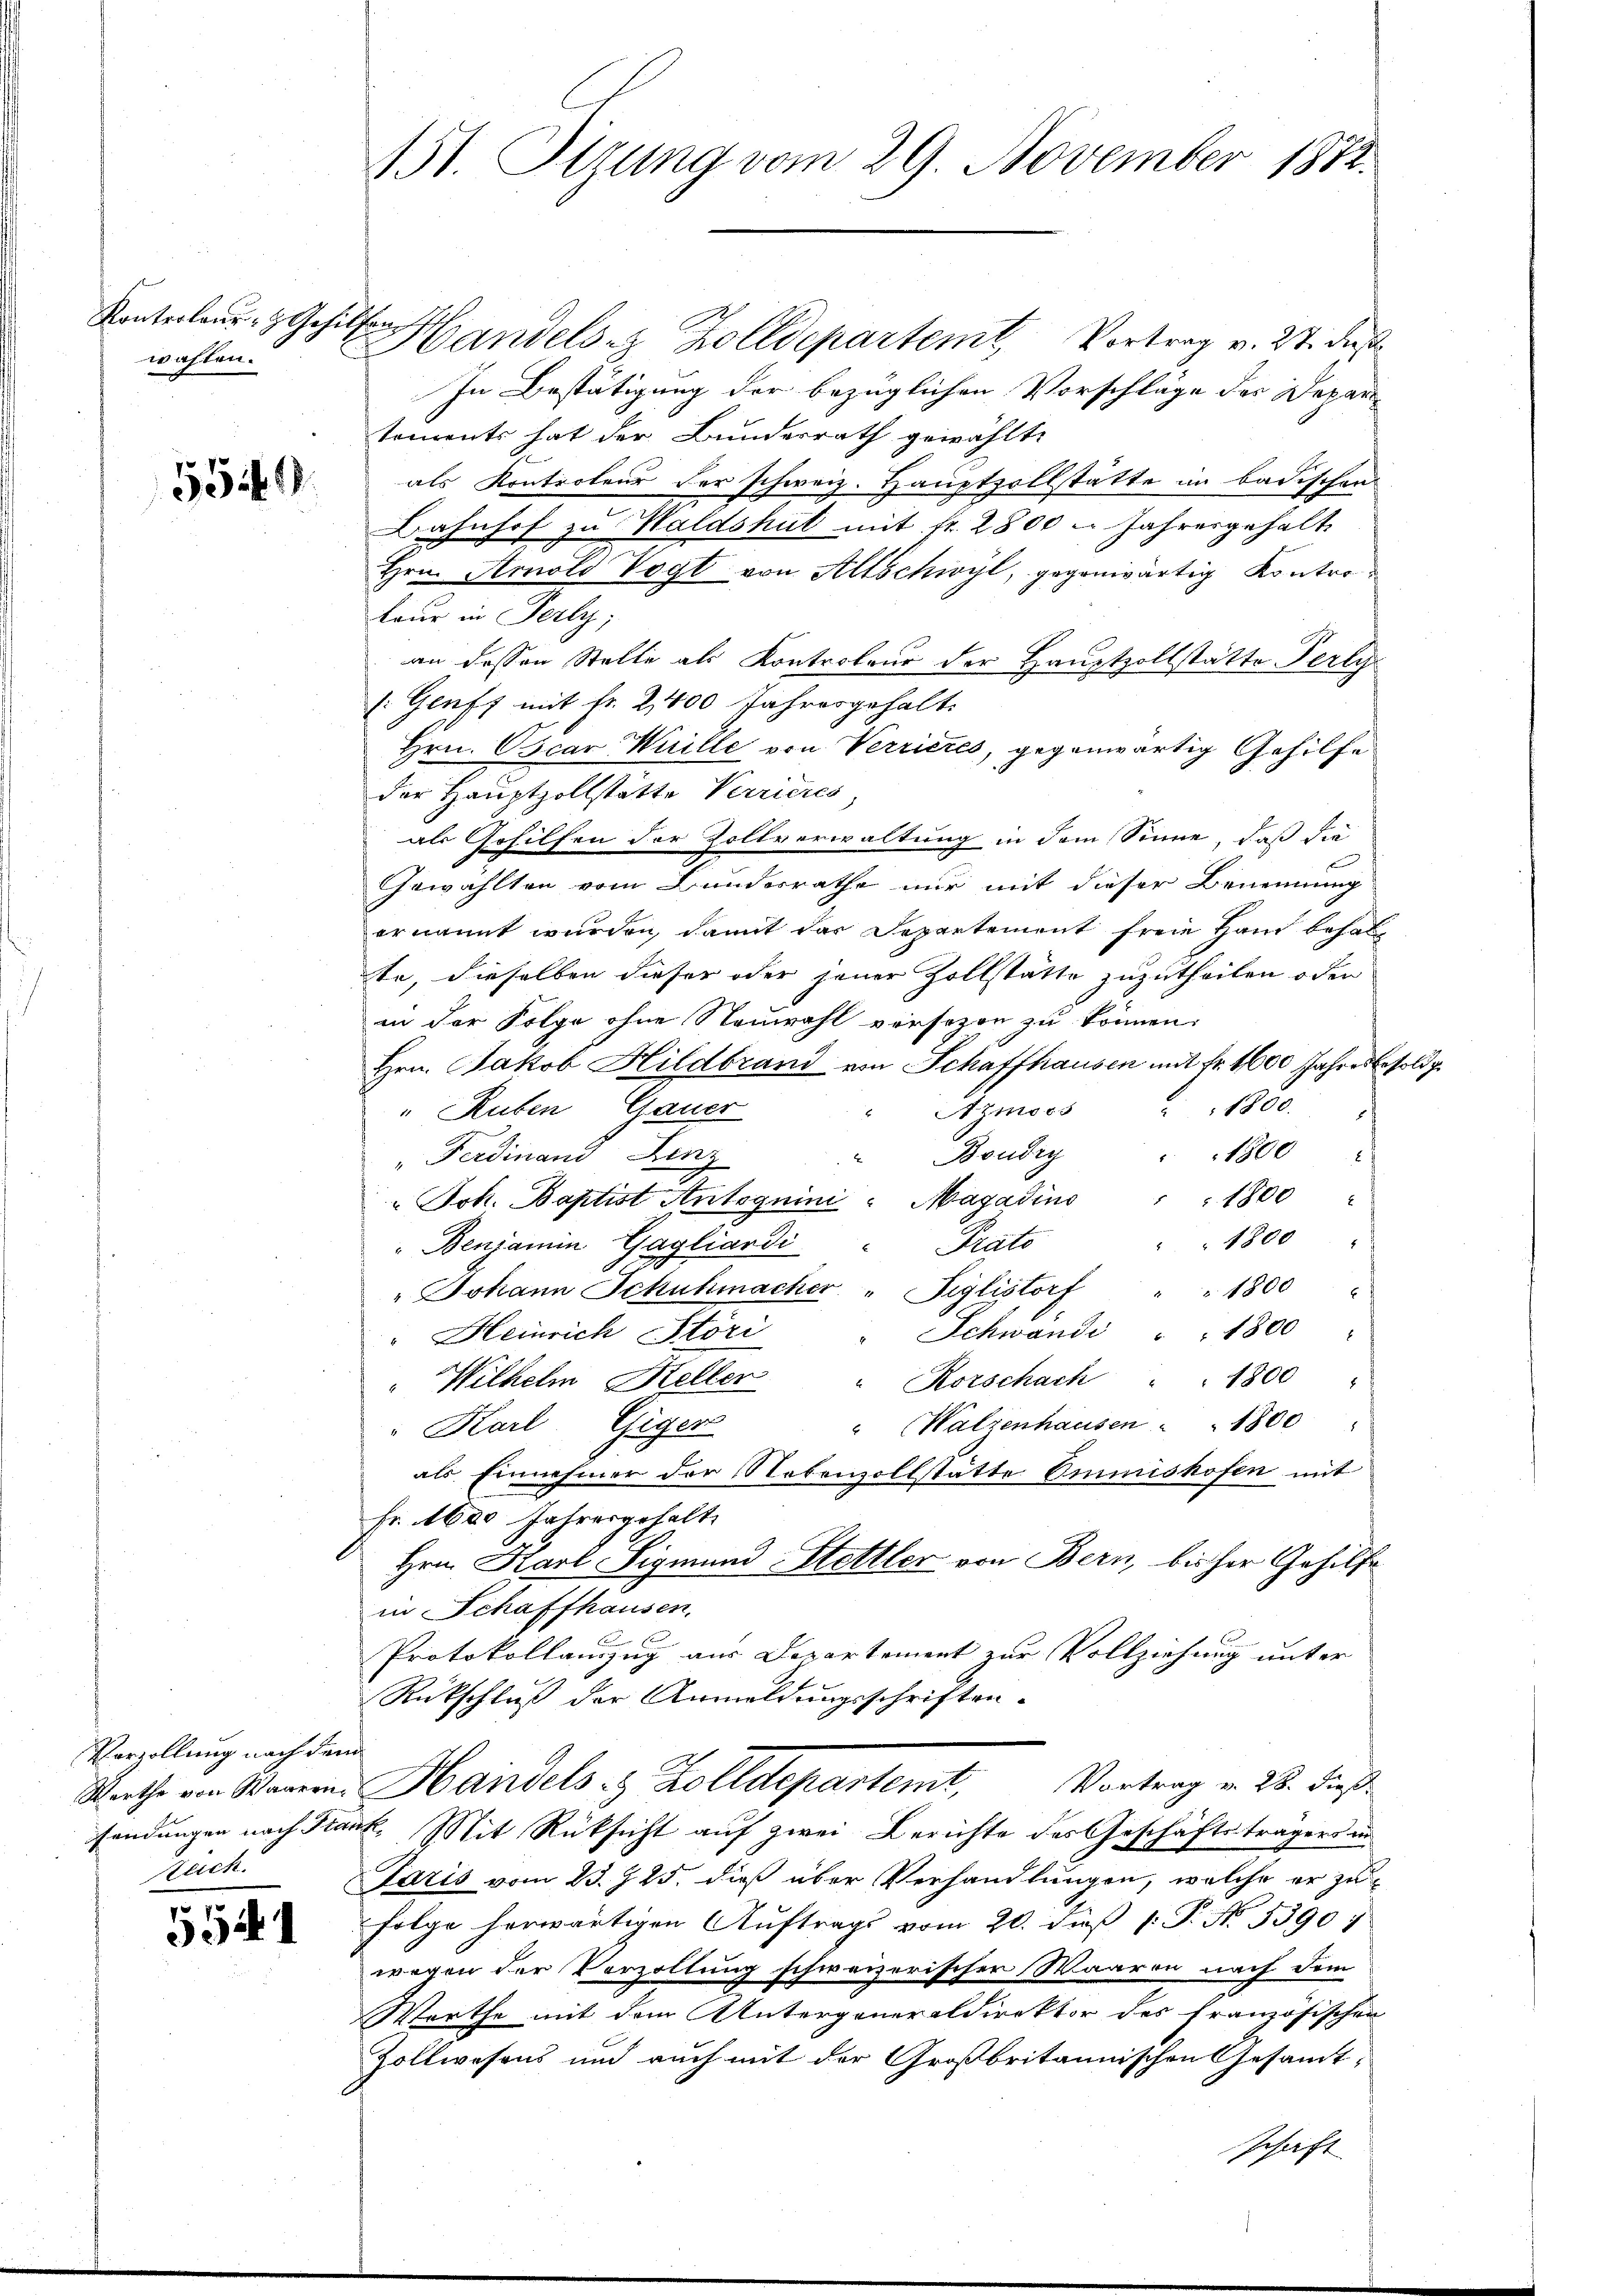
Konterland- & Gehilfen
wahlen.

539.

Verzollung nach dem
stuch.

Handels- & Zolldepartemt Vortrag v. 27. daß
In Bestätigung der bezüglichen Vorschläge des Depar
tements hat der Bundesrath gewählte
als Kontrateur der schweiz. Hauptzollstätte im Badischen
Bahnhof zu Waldshut mit fr. 2800 u. Jahresgehalt
Hrn. Arnold Vogt von Allschwyl, gegenwärtig Kontrotour in Perly;
an dessen Stelle als Kontroleur der Hauptzollstätte Perly
(Genf mit fr. 2,400 Jahresgehalt.
Hrn. Oscar Wille von Verrieres, gegenwärtig Gehilfe
der Hauptzollstätte Verrieres,
als Gehilfen der Zollverwaltung in dem Sinne, daß die
Gewählten vom Bundesrathe nur mit dieser Benennung
ernannt wurden, damit das Departement freie Hand behalte, dieselben dieser oder jener Zollstätte zuzutheilen oder
in der Folge ohne Neuwahl versezen zu können.
Hrn. Jakob Hildbrand von Schaffhausen mit fr. 1600 Jahresbesoldg
Aymoos " " 1800.
" Ruben Gauer
1800
Boudry
Ferdinand Lenz
1
1800
Jok. Baptist Antognini Magadins
1800 "
"Benjamin Gagliardi
Staats
" Johann Schuhmacher " Tiglistorf " " 1800 "
" Schwandi " " 1800
" Heinrich Störi
" Rorschach . . 1800 "
"Wilhelm Heller
" (Walzenhausen . 1800
" Karl Giger
als Einnehmer der Nebenzollstätte Emmnishofen mit
Fr. 1620 Jahresgehalt
Hrn. Karl Sigmund Hettler von Bern, bisher Gehilfe
in Schaffhausen,
1
Protokollauszug aus Departement zur Vollziehung unter
Rütschluß der Anmeldungsschriften.
Rathe von Waren. Handels- & Zolldepartemt, Vortrag v. 22. dieß
sendungen nach Frank. Mit Rüksicht auf zwei Berichte des Geschäftsträgers in
Faris vom 23. J. 25. dieß über Verhandlungen, welche er zu
Folge herwärtigen Auftrags vom 20. dieß p. T. N. 5390:
wegen der Vorzollung schweizerischer Waaren nach dem
Worthe mit dem Untergeneraldirektor des französischen
Zollwesens und auch mit der Großbritannischen Gesamt-
schaft

451. Sitzung vom 29. November 1872.